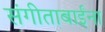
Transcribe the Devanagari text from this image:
संगीताबाईंना